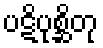
ပဋိပုစ္ဆိတု